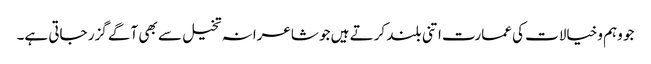
جو وہم وخیالات کی عمارت اتنی بلند کرتے ہیں جو شاعرانہ تخیل سے بھی آگے گزر جاتی ہے۔